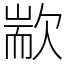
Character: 歂